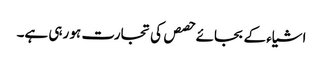
اشیاء کے بجائے حصص کی تجارت ہو رہی ہے۔